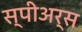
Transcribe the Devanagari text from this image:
स्पीअर्स